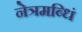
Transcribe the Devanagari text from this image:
नेत्रमब्धिं